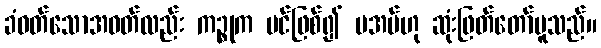
ခံဝတ်သောအဝတ်လည်း ကဉ္စုက ပင်ဖြစ်၍ မအပ်ဟု ဆုံးဖြတ်တော်မူသည်။